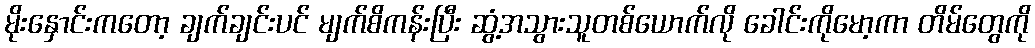
မိုးနှောင်းကတော့ ချက်ချင်းပင် မျက်စိကန်းပြီး ဆွံ့အသွားသူတစ်ယောက်လို ခေါင်းကိုမော့ကာ တိမ်တွေကို